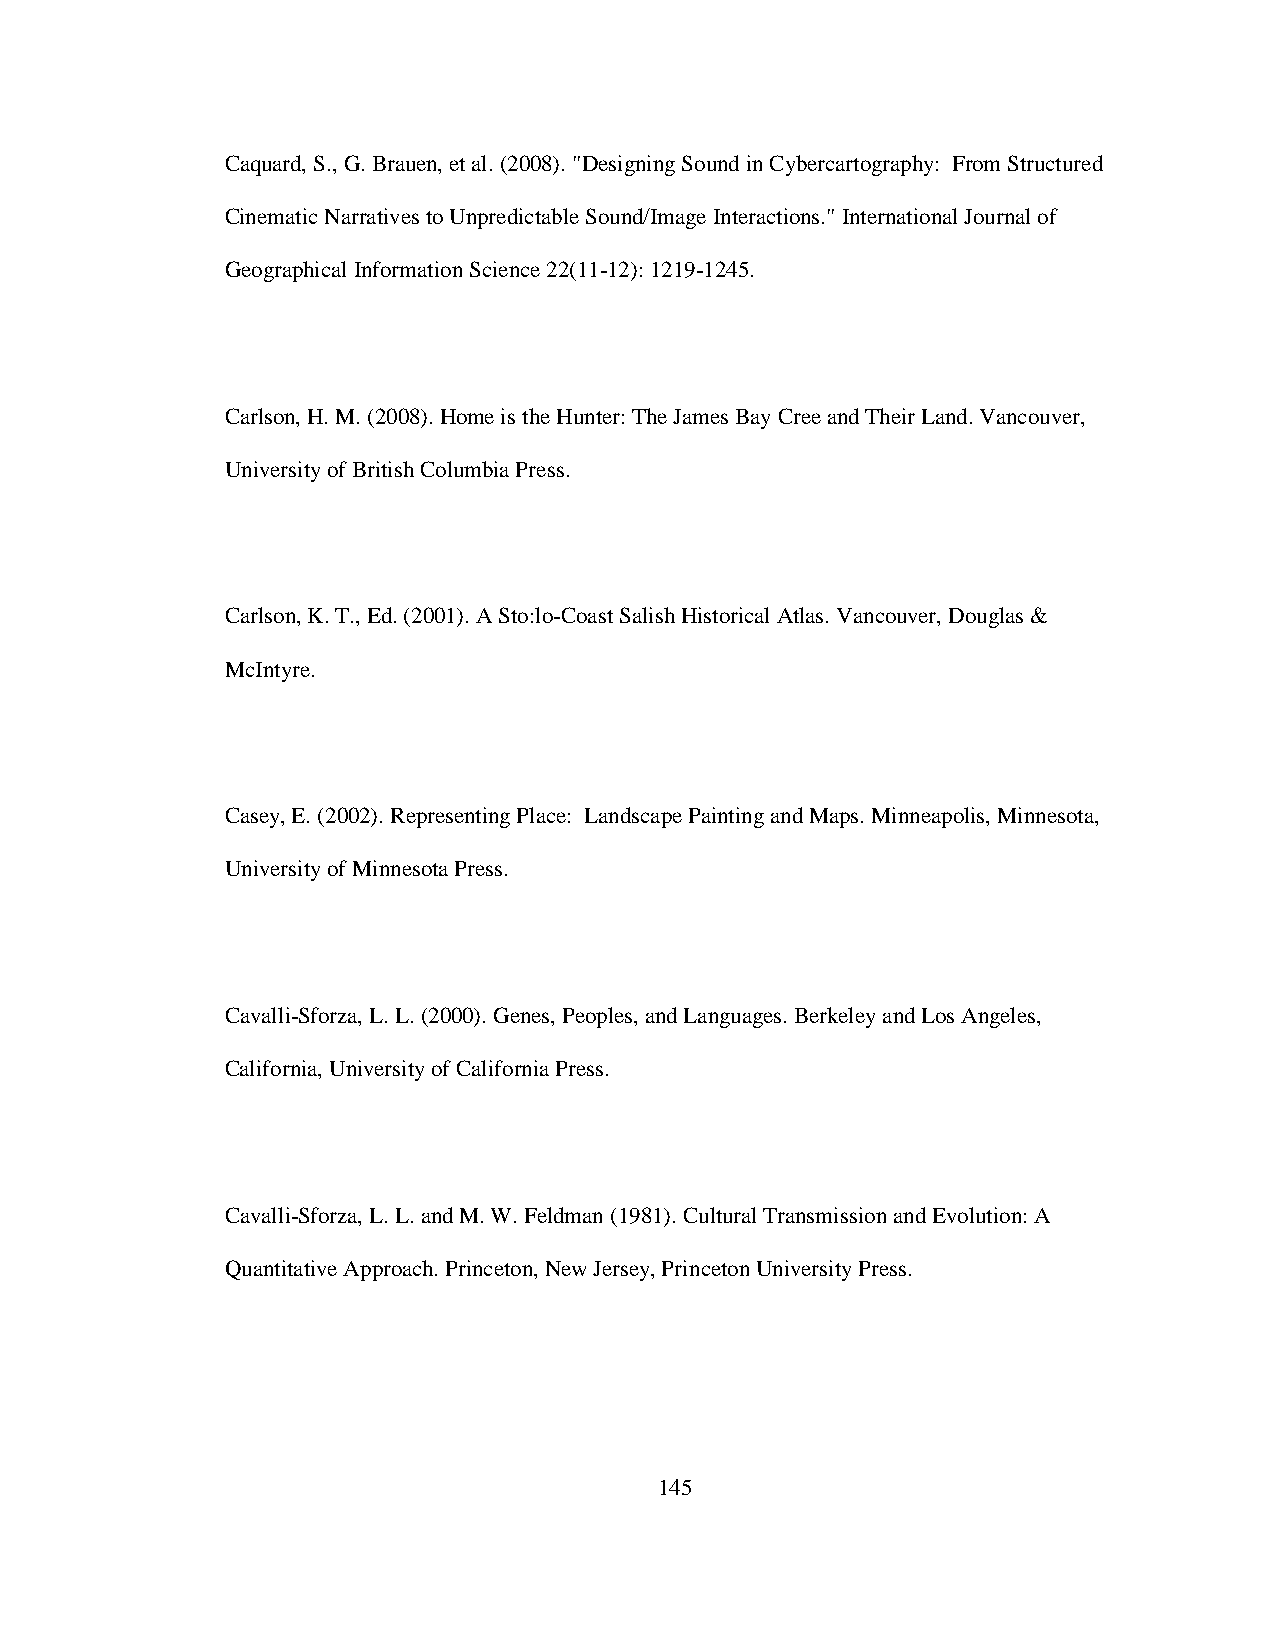
Caquard, S., G. Brauen, et al. (2008). "Designing Sound in Cybercartography: From Structured
 Cinematic Narratives to Unpredictable Sound/Image Interactions." International Journal of
 Geographical Information Science 22(11-12): 1219-1245.
 Carlson, H. M. (2008). Home is the Hunter: The James Bay Cree and Their Land. Vancouver,
 University of British Columbia Press.
 Carlson, K. T., Ed. (2001). A Sto:lo-Coast Salish Historical Atlas. Vancouver, Douglas &
 McIntyre.
 Casey, E. (2002). Representing Place: Landscape Painting and Maps. Minneapolis, Minnesota,
 University of Minnesota Press.
 Cavalli-Sforza, L. L. (2000). Genes, Peoples, and Languages. Berkeley and Los Angeles,
 California, University of California Press.
 Cavalli-Sforza, L. L. and M. W. Feldman (1981). Cultural Transmission and Evolution: A
 Quantitative Approach. Princeton, New Jersey, Princeton University Press.
 145